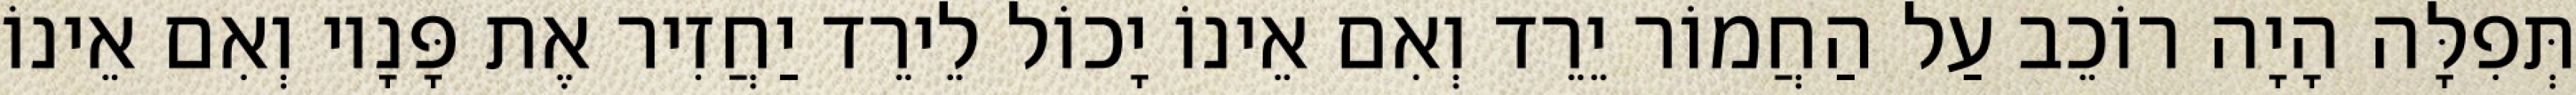
תְּפִלָּה הָיָה רוֹכֵב עַל הַחֲמוֹר יֵרֵד וְאִם אֵינוֹ יָכוֹל לֵירֵד יַחֲזִיר אֶת פָּנָיו וְאִם אֵינוֹ